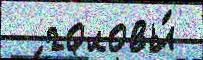
  головы́